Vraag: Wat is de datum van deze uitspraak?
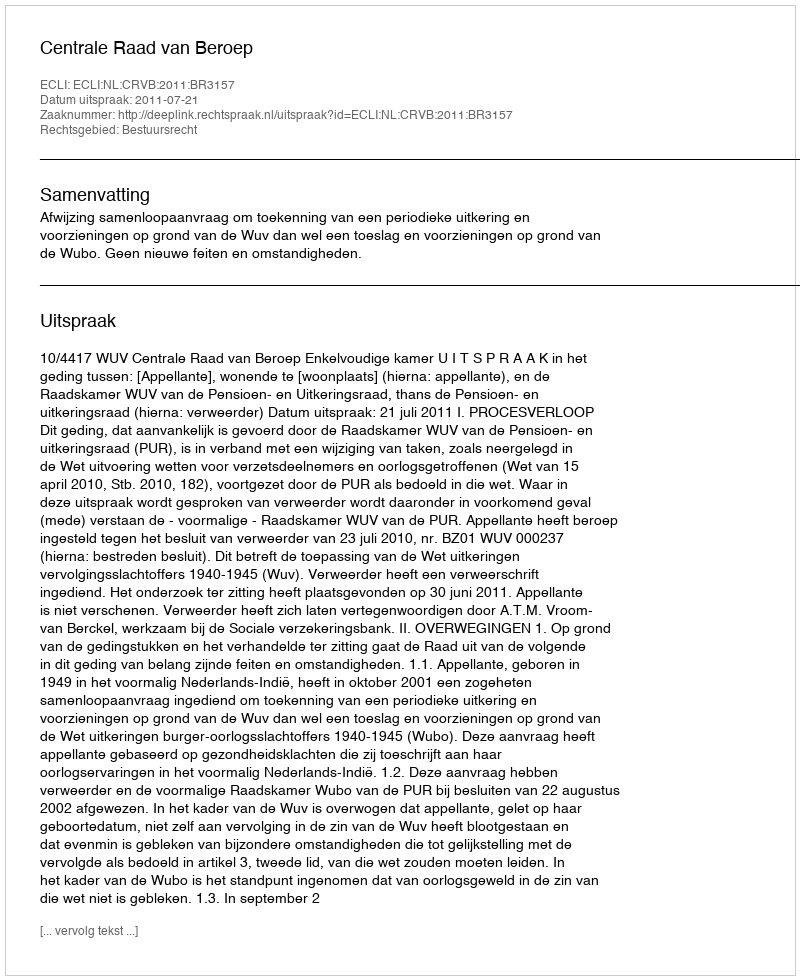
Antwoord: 2011-07-21